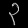
Digit: ၃